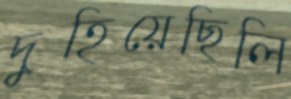
দুহিয়েছিলি